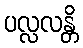
ပလ္လလန္တိ